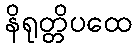
နိရုတ္တိပထေ